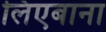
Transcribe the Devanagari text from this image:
लिएबाना